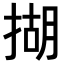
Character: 𢰮